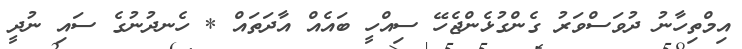
އިމްތިހާނު ދުވަސްވަރު ގެންގުޅެންޖެހޭ ސިއްހީ ބައެއް އާދަތައް * ހެނދުނުގެ ސައި ނުދީ